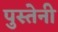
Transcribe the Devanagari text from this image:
पुस्‍तेनी